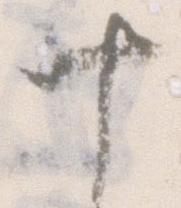
十